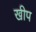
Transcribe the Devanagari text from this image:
खीप